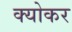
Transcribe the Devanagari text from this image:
क्योकर